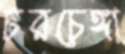
চরচেঙ্গা